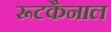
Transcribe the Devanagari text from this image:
रूटकैनाल